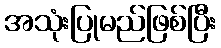
အသုံးပြုမည်ဖြစ်ပြီး